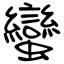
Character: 蠻